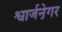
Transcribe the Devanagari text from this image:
श्वार्जने़गर